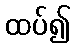
ထပ်၍